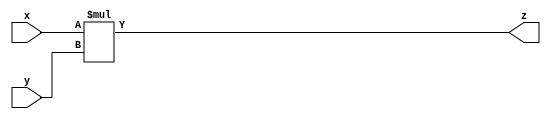
module mult(x,y,z);
input [3:0] x;
input [21:0] y;
output reg [21:0] z;

always@(*)
begin
z = x*y;
end
endmodule